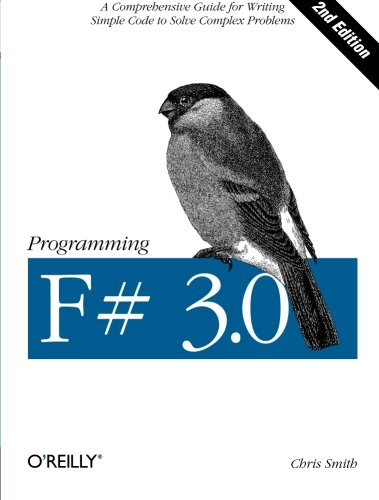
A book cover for Programming F# 3.0; Chris Smith; Computers & Technology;